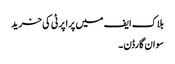
بلاک ایف میں پراپرٹی کی خرید
سوان گارڈن ۔